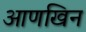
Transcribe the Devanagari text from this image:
आणखिन